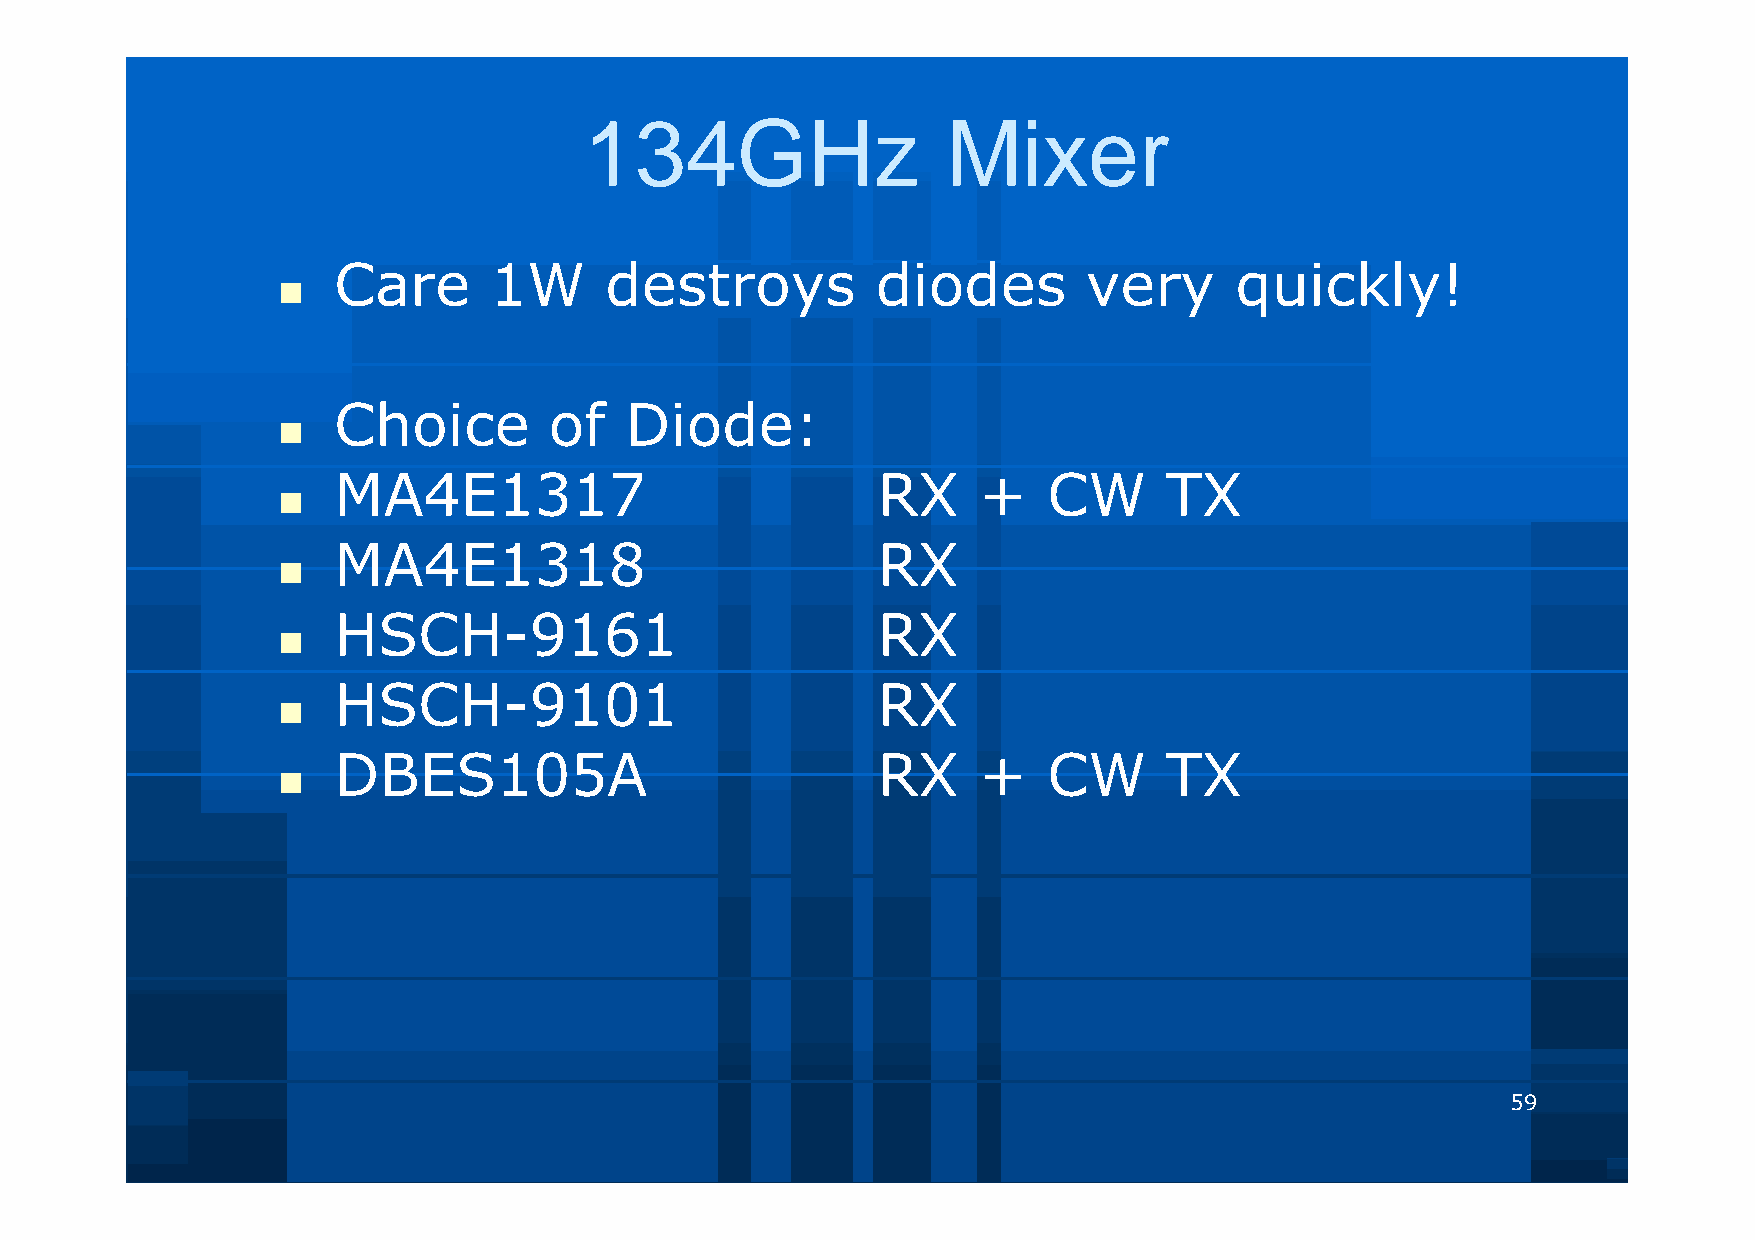
134GHz                  Mixer
 Care      1W      destroys          diodes        very      quickly!
 
 Choice        of   Diode:
 
 MA4E1317                            RX     +   CW      TX
 
 MA4E1318                            RX
 
 HSCH-9161                           RX
 
 HSCH-9101                           RX
 
 DBES105A                            RX     +   CW      TX
 
 59